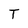
Character: T